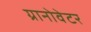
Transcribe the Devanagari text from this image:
ग्रानोवेटर